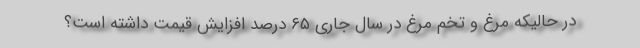
در حالیکه مرغ و تخم مرغ در سال جاری ۶۵ درصد افزایش قیمت داشته است؟